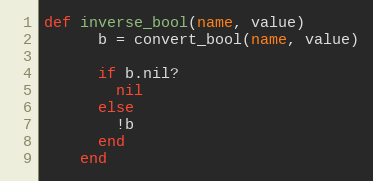
Language: Ruby
def inverse_bool(name, value)
      b = convert_bool(name, value)

      if b.nil?
        nil
      else
        !b
      end
    end